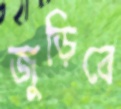
জুড়িবে